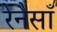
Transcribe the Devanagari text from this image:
रेनैसाँ